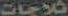
ثلاجات